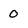
Character: O